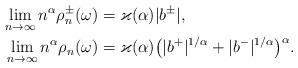
LaTeX: \begin{align*}\lim_{n\to\infty} n^\alpha \rho_n^\pm( \omega )&=\varkappa(\alpha) |{ b}^{\pm}|,\\\lim_{n\to\infty} n^\alpha \rho_n( \omega)&=\varkappa(\alpha)\bigl(|{ b}^{+}|^{1/\alpha}+ |{ b}^{-}|^{1/\alpha}\bigr)^{\alpha}.\end{align*}